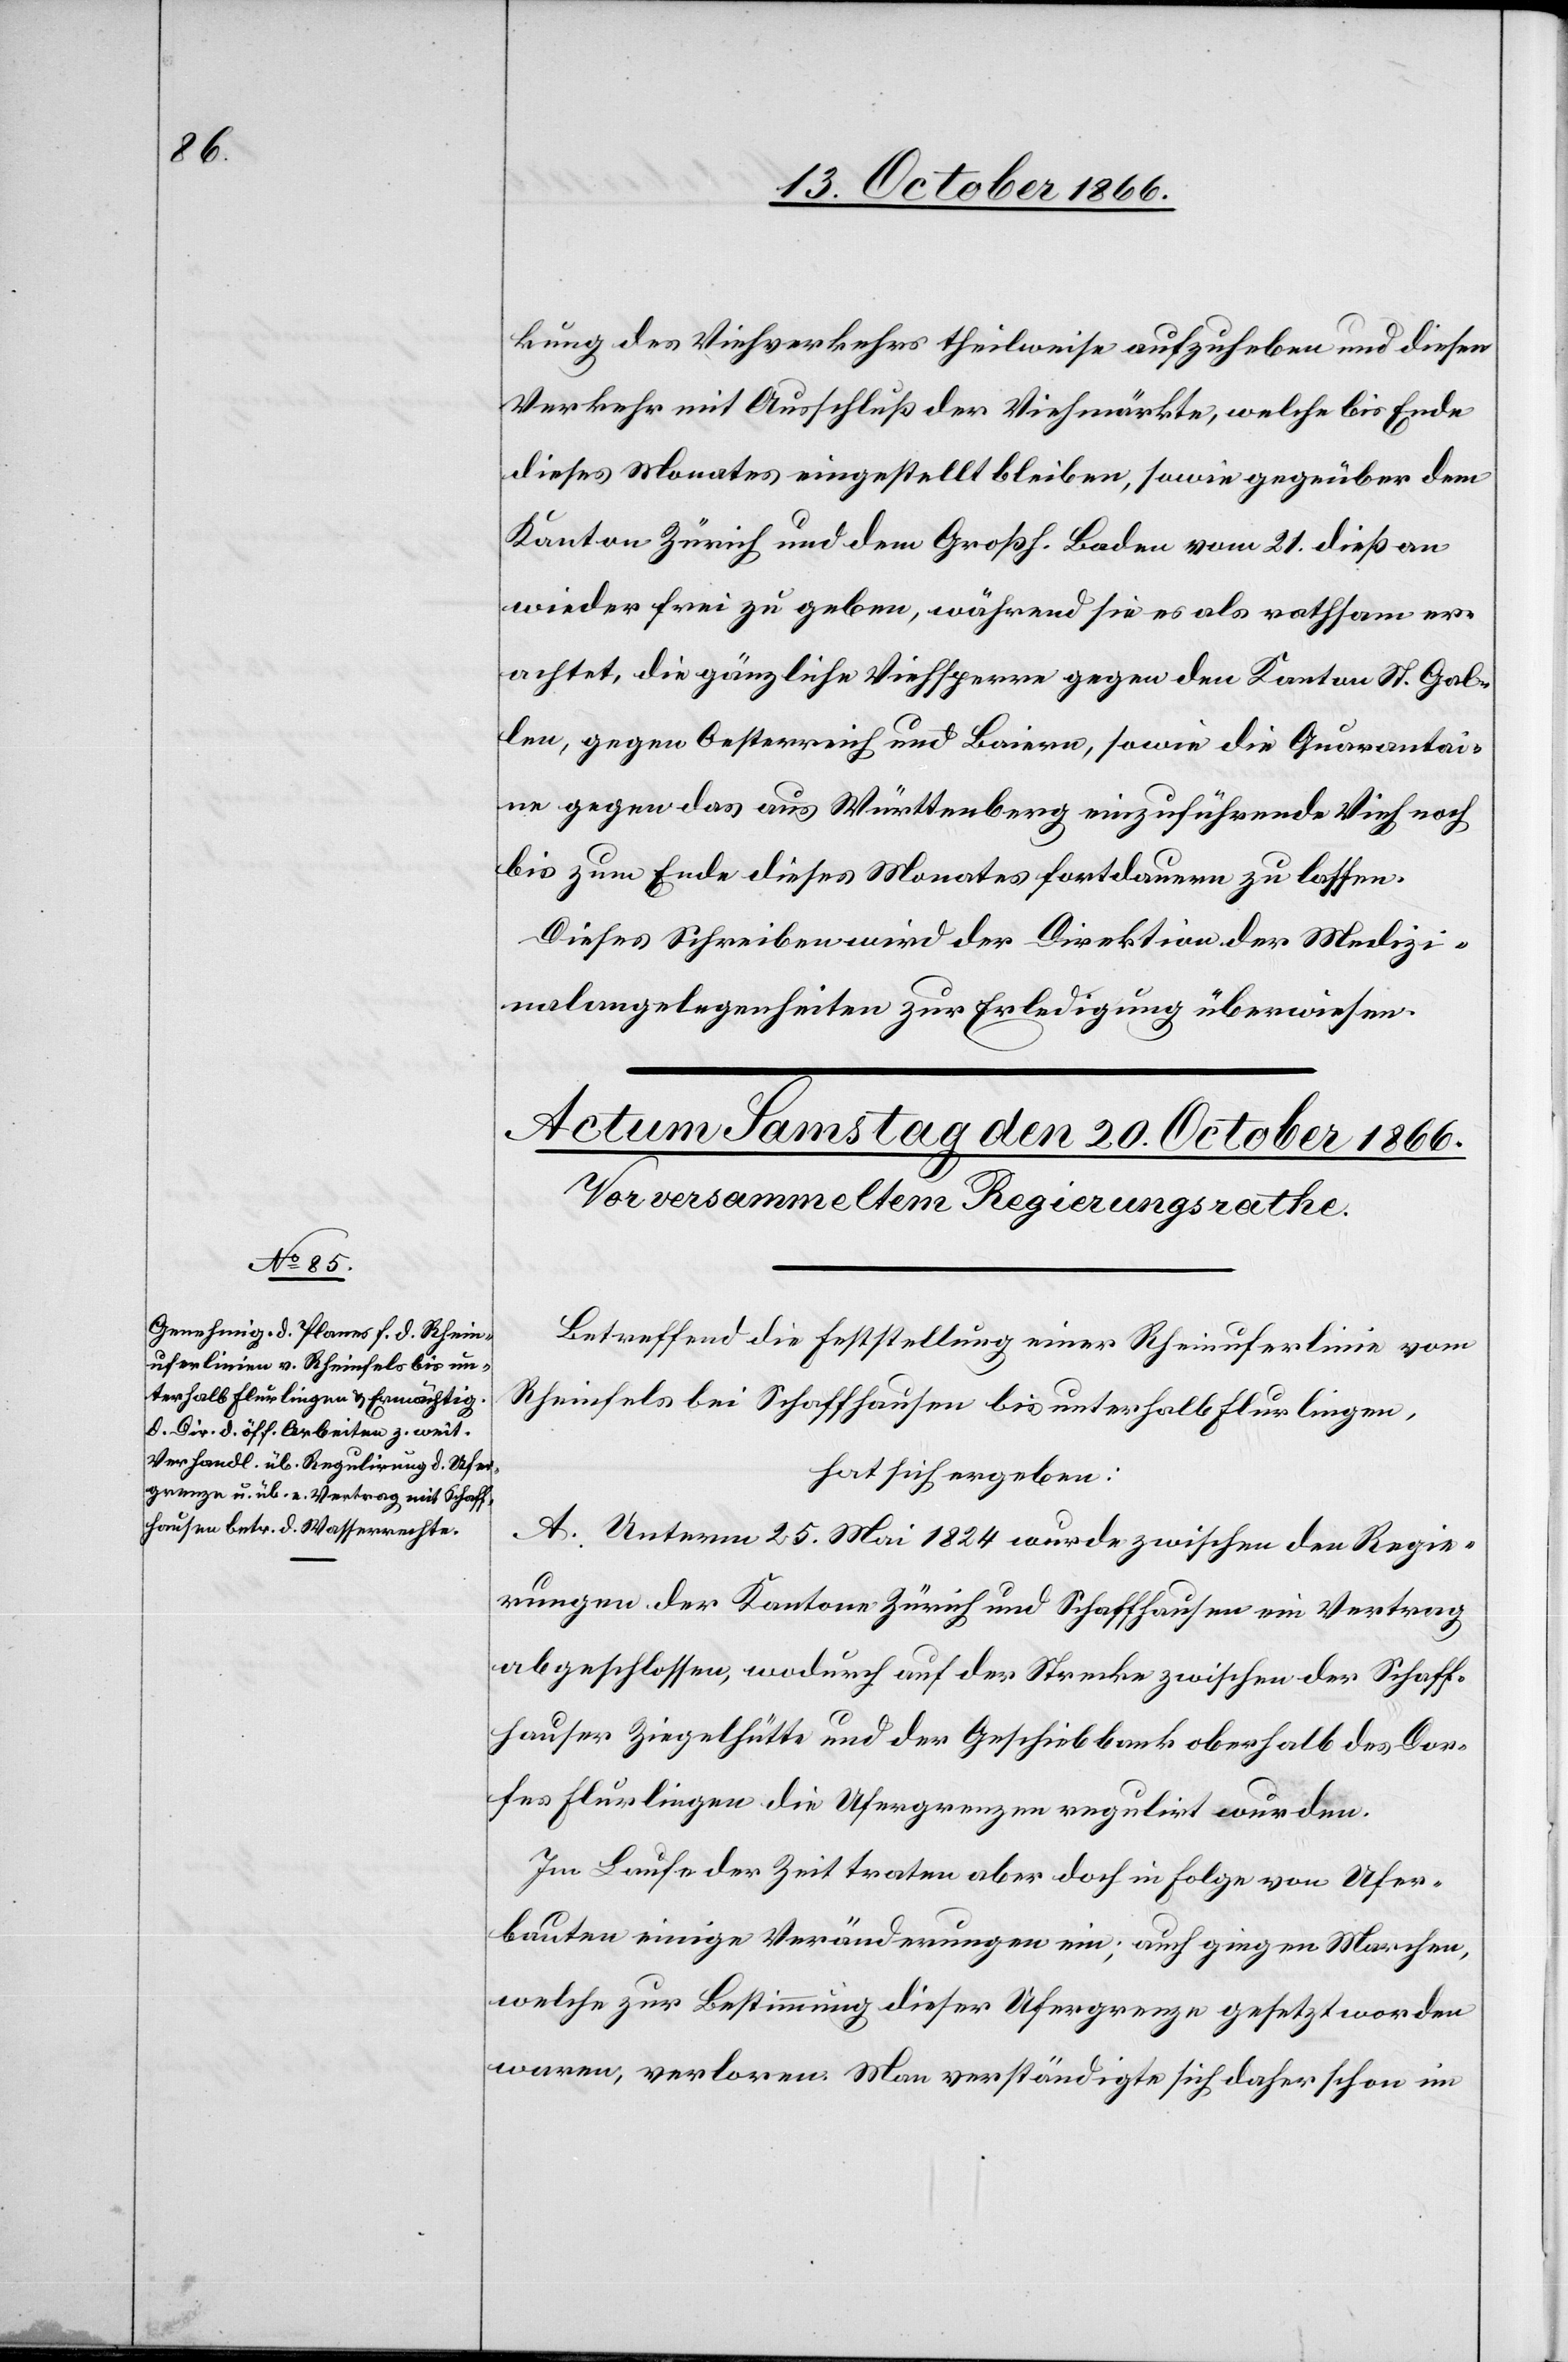
kung des Viehverkehrs theilweise aufzuheben und diesen
Verkehr mit Ausschluß der Viehmärkte, welche bis Ende
dieses Monates eingestellt bleiben, sowie gegenüber dem
Kanton Zürich und dem Großh. Baden vom 21. dieß an
wieder frei zu geben, während sie es als rathsam er¬
achtet, die gänzliche Viehsperre gegen den Kanton St. Gal¬
len, gegen Oesterreich und Baiern, sowie die Quarantai¬
ne gegen das aus Württenberg [sic!] einzuführende Vieh noch
bis zum Ende dieses Monates fortdauern zu lassen.
Dieses Schreiben wird der Direktion der Medizi¬
nalangelegenheiten zur Erledigung überwiesen.
Betreffend die Feststellung einer Rheinuferlinie vom
Rheinfels bei Schaffhausen bis unterhalb Flurlingen,
hat sich ergeben:
A. Unterm 25. Mai 1824 wurde zwischen den Regie¬
rungen der Kantone Zürich und Schaffhausen ein Vertrag
abgeschlossen, wodurch auf der Strecke zwischen der Schaff¬
hauser Ziegelhütte und der Geschiebbank oberhalb des Dor¬
fes Flurlingen die Ufergrenzen regulirt wurden.
Im Laufe der Zeit traten aber doch in Folge von Ufer¬
bauten einige Veränderungen ein; auch gingen Marchen,
welche zur Bestimmung dieser Ufergrenze gesetzt worden
waren, verloren. Man verständigte sich daher schon im